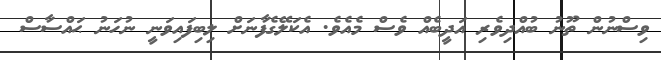
ވިސްނުން ތޫނު ބުއްދިވެރި އަދީބެއް ވެސް މެއެވެ. އެކަލޭގެފާނަށް ލިބިފައިވަނީ ނުހަނު ޙައްސާސް